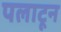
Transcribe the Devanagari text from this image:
पलाटून